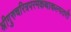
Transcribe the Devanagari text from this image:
श्रीगुरुचरित्रपरमकथाकल्पतरौ